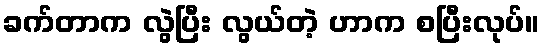
ခက်တာက လွဲပြီး လွယ်တဲ့ ဟာက စပြီးလုပ်။